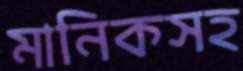
মানিকসহ